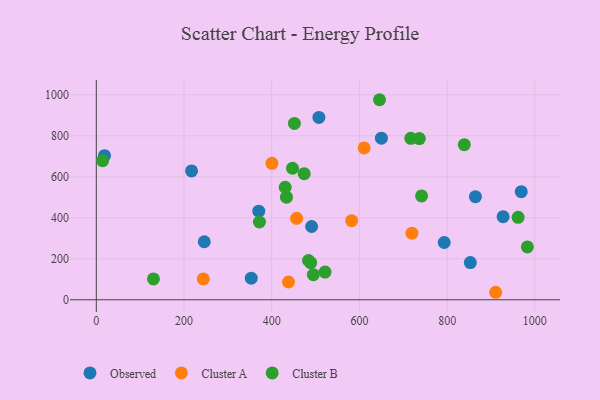
{"axis": {"x": "Ad Spend", "y": "Salary"}, "legend": ["Cluster A", "Cluster B", "Observed"], "data": [{"x": "969.0", "y": 527.4, "type": "Observed"}, {"x": "507.6", "y": 889.6, "type": "Observed"}, {"x": "864.5", "y": 503.0, "type": "Observed"}, {"x": "852.9", "y": 181.6, "type": "Observed"}, {"x": "650.1", "y": 788.4, "type": "Observed"}, {"x": "217.2", "y": 628.3, "type": "Observed"}, {"x": "18.7", "y": 702.7, "type": "Observed"}, {"x": "353.3", "y": 105.4, "type": "Observed"}, {"x": "491.0", "y": 357.5, "type": "Observed"}, {"x": "793.3", "y": 279.5, "type": "Observed"}, {"x": "370.5", "y": 432.3, "type": "Observed"}, {"x": "927.7", "y": 405.3, "type": "Observed"}, {"x": "246.2", "y": 283.0, "type": "Observed"}, {"x": "400.5", "y": 665.4, "type": "Cluster A"}, {"x": "910.7", "y": 36.6, "type": "Cluster A"}, {"x": "582.3", "y": 385.7, "type": "Cluster A"}, {"x": "610.7", "y": 740.9, "type": "Cluster A"}, {"x": "244.0", "y": 101.9, "type": "Cluster A"}, {"x": "719.7", "y": 325.0, "type": "Cluster A"}, {"x": "438.3", "y": 86.7, "type": "Cluster A"}, {"x": "456.8", "y": 397.4, "type": "Cluster A"}, {"x": "130.3", "y": 101.6, "type": "Cluster B"}, {"x": "494.9", "y": 122.6, "type": "Cluster B"}, {"x": "839.1", "y": 756.6, "type": "Cluster B"}, {"x": "483.9", "y": 191.7, "type": "Cluster B"}, {"x": "451.7", "y": 860.3, "type": "Cluster B"}, {"x": "645.8", "y": 975.8, "type": "Cluster B"}, {"x": "521.6", "y": 135.1, "type": "Cluster B"}, {"x": "488.8", "y": 180.8, "type": "Cluster B"}, {"x": "741.7", "y": 506.5, "type": "Cluster B"}, {"x": "474.0", "y": 615.2, "type": "Cluster B"}, {"x": "433.6", "y": 500.6, "type": "Cluster B"}, {"x": "447.4", "y": 641.6, "type": "Cluster B"}, {"x": "961.9", "y": 402.4, "type": "Cluster B"}, {"x": "717.2", "y": 787.4, "type": "Cluster B"}, {"x": "983.0", "y": 257.9, "type": "Cluster B"}, {"x": "736.6", "y": 786.3, "type": "Cluster B"}, {"x": "372.0", "y": 379.3, "type": "Cluster B"}, {"x": "430.7", "y": 548.8, "type": "Cluster B"}, {"x": "14.4", "y": 678.2, "type": "Cluster B"}]}